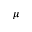
\mu